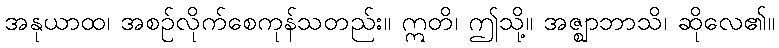
အနုယာထ၊ အစဉ်လိုက်စေကုန်သတည်း။ ဣတိ၊ ဤသို့။ အဇ္ဈာဘာသိ၊ ဆိုလေ၏။